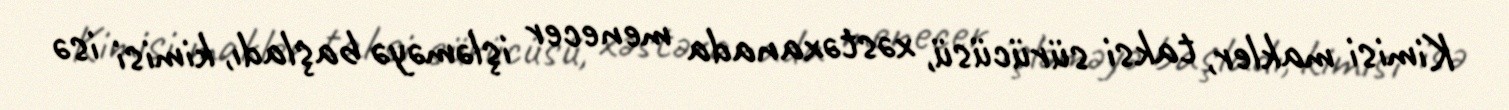
Kimisi makler, taksi sürücüsü, xəstəxanada menecer işləməyə başladı, kimisi isə